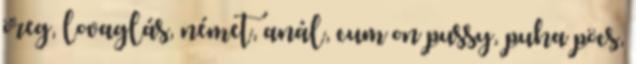
öreg, lovaglás, német, anál, cum on pussy, puha pöcs,